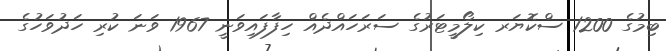
ބިމުގެ 1200 ސްކޮޔަރ ކިލޯމީޓަރުގެ ސަރަހައްދެއް ހިފާފައިވަނީ 1967 ވަނަ ކުރި ހަދުވަހުގެ